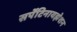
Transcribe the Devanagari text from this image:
सर्पेंटिनायझेशन